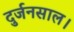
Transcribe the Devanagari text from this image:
दुर्जनसाल।